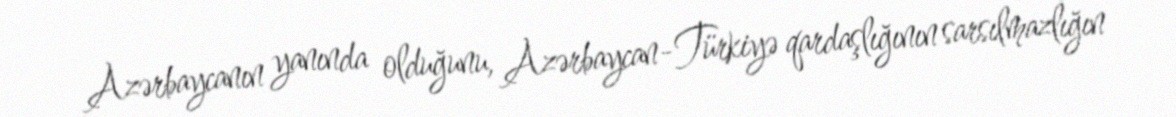
Azərbaycanın yanında olduğunu, Azərbaycan-Türkiyə qardaşlığının sarsılmazlığın